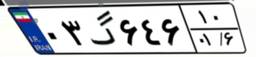
۸۴گ۹۵۶۳۶